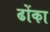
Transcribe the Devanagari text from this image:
ढोंका